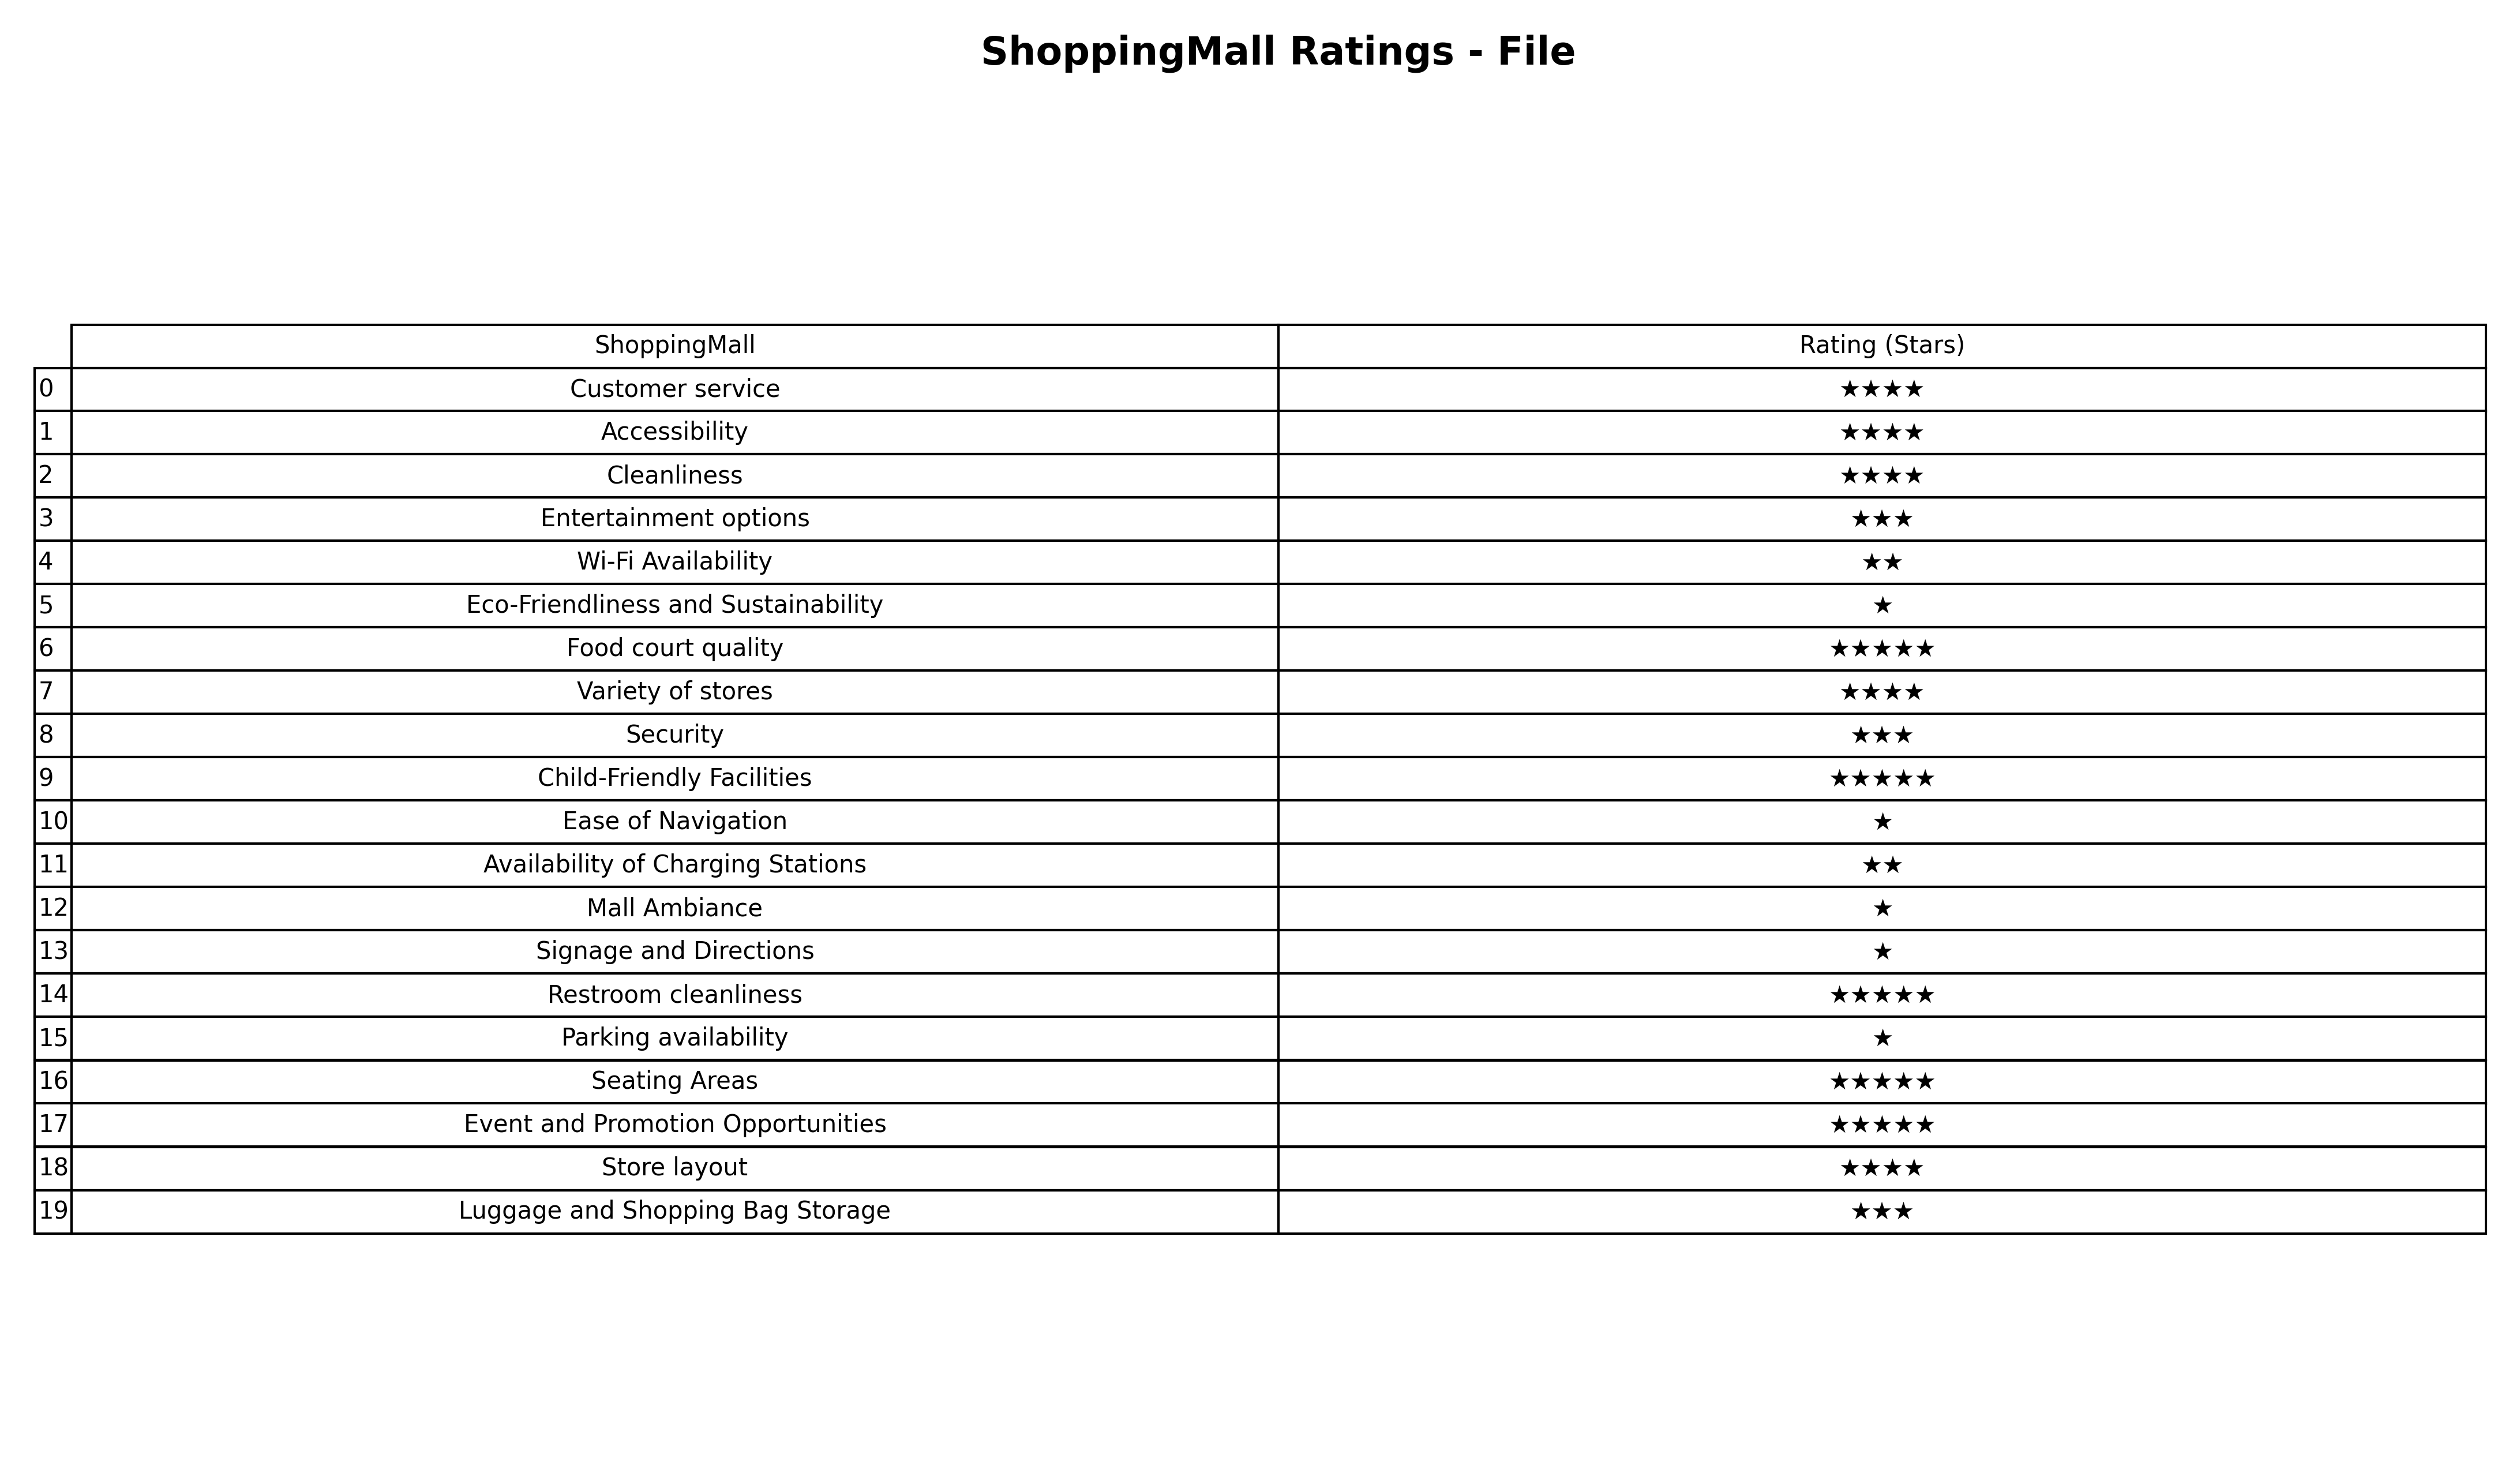
question: What is the rating of Ease of Navigation?
answer: ★